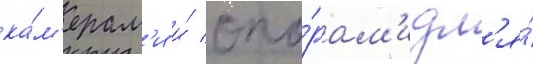
ка́м'ерам'и и́ опо́рам'и дл'я́